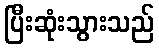
ပြီးဆုံးသွားသည်